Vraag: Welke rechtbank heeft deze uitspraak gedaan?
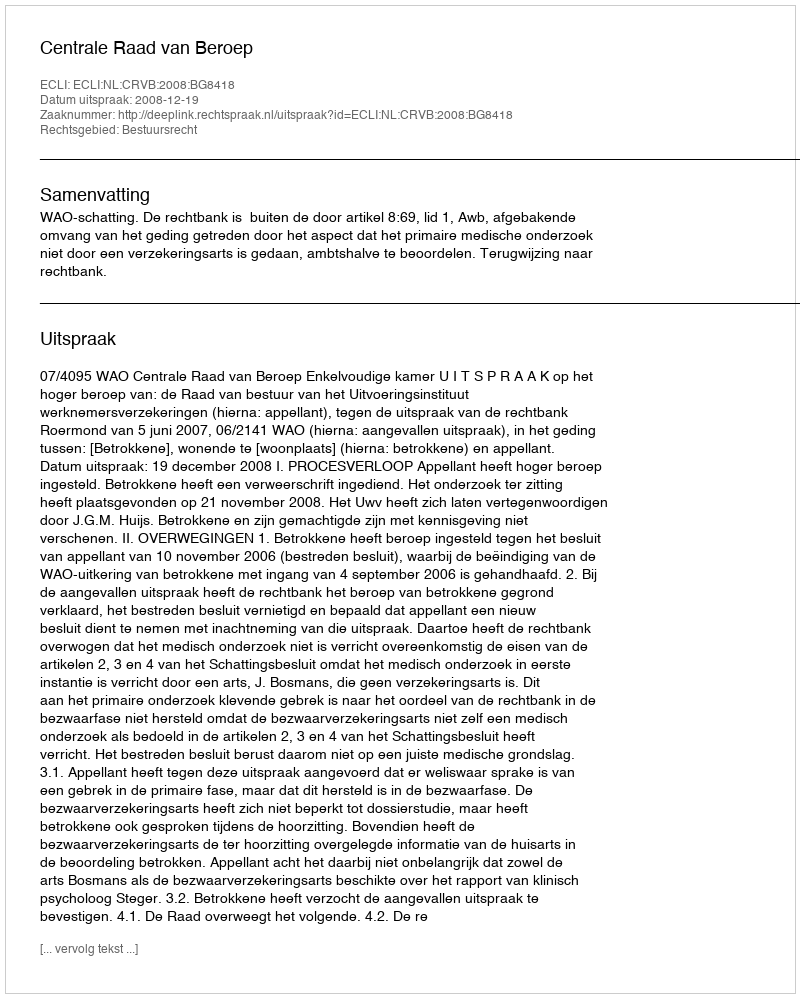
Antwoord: Centrale Raad van Beroep